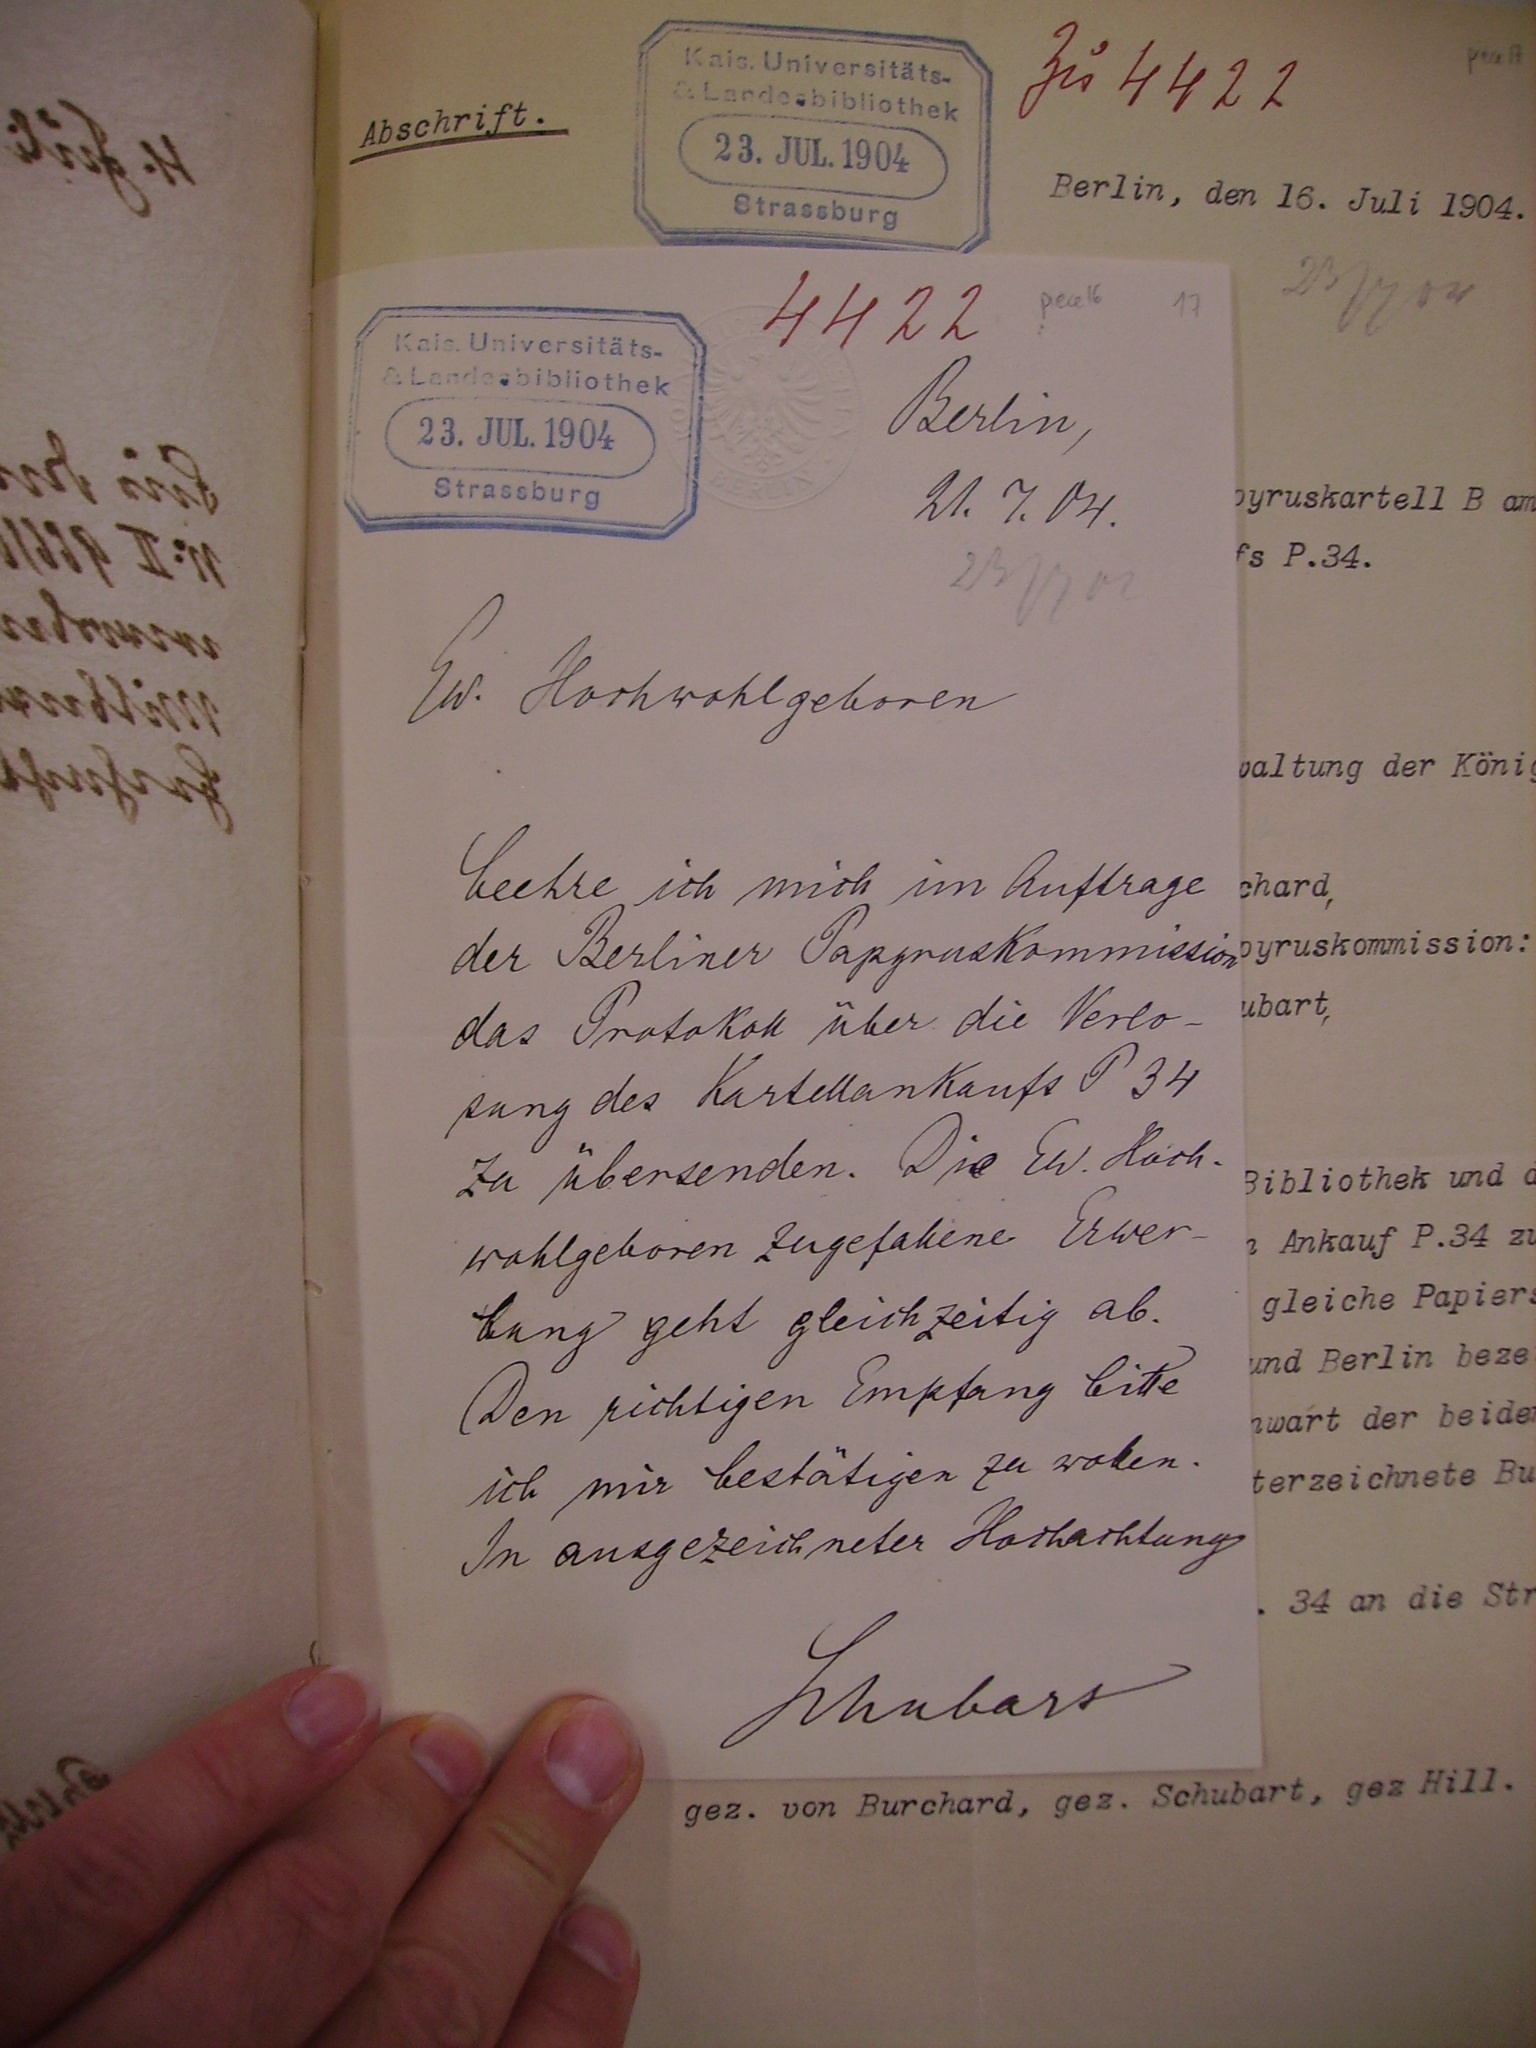
4422
Berlin,
21.7.04.

Ew. Hochwohlgeboren
beehre ich mich im Auftrage
der Berlinder Papyruskommission
das Protokoll über die Verlo¬
sung des Kartellankaufs P 34
zu übersenden. Die Ew. Hoch¬
wohlgeboren zugefallene Erwer¬
bung gehr gleichtzeitig ab.
Den richtigen Empfang bitte
ich mir bestätigen zu wollen.
In ausgezeichneter Hochachtung
Schubart